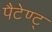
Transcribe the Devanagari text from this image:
पैटेण्ट्‍